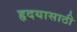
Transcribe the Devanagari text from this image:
हृदयासाठी